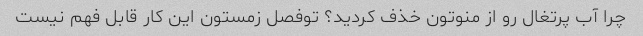
چرا آب پرتغال رو از منوتون خذف کردید؟ توفصل زمستون این کار قابل فهم نیست